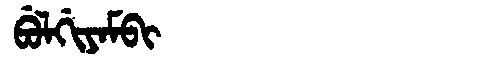
Manchu: ᠪᡠᠯᡤᡳᠶᠠᠮᠪᡳ
Romanization: BULGIYAMBI